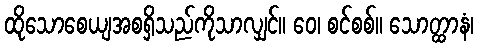
ထိုသောစေယျအစရှိသည်ကိုသာလျှင်။ ဝေ၊ စင်စစ်။ သောတ္ထာနံ၊